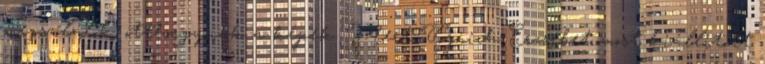
megszólalok, otthagynak a képek. Mert Vojnich Erzsébet most kiállított